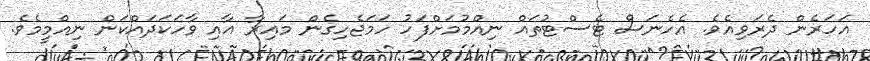
އަހަރެން ދެރަވިއެވެ. އެހެނަސް ޓެސްޓުތައް ނިއްމުމަށްފަހު ހަމަޖެހިގެން މައިރާ އާއި ވާހަކަދައްކަން ނިއްމީމެވެ.